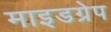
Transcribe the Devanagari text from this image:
माइडग्रेप